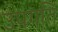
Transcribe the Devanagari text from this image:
उपगति